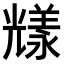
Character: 𠓁